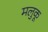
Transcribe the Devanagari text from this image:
मलुकू